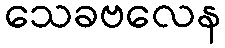
သေခဗလေန